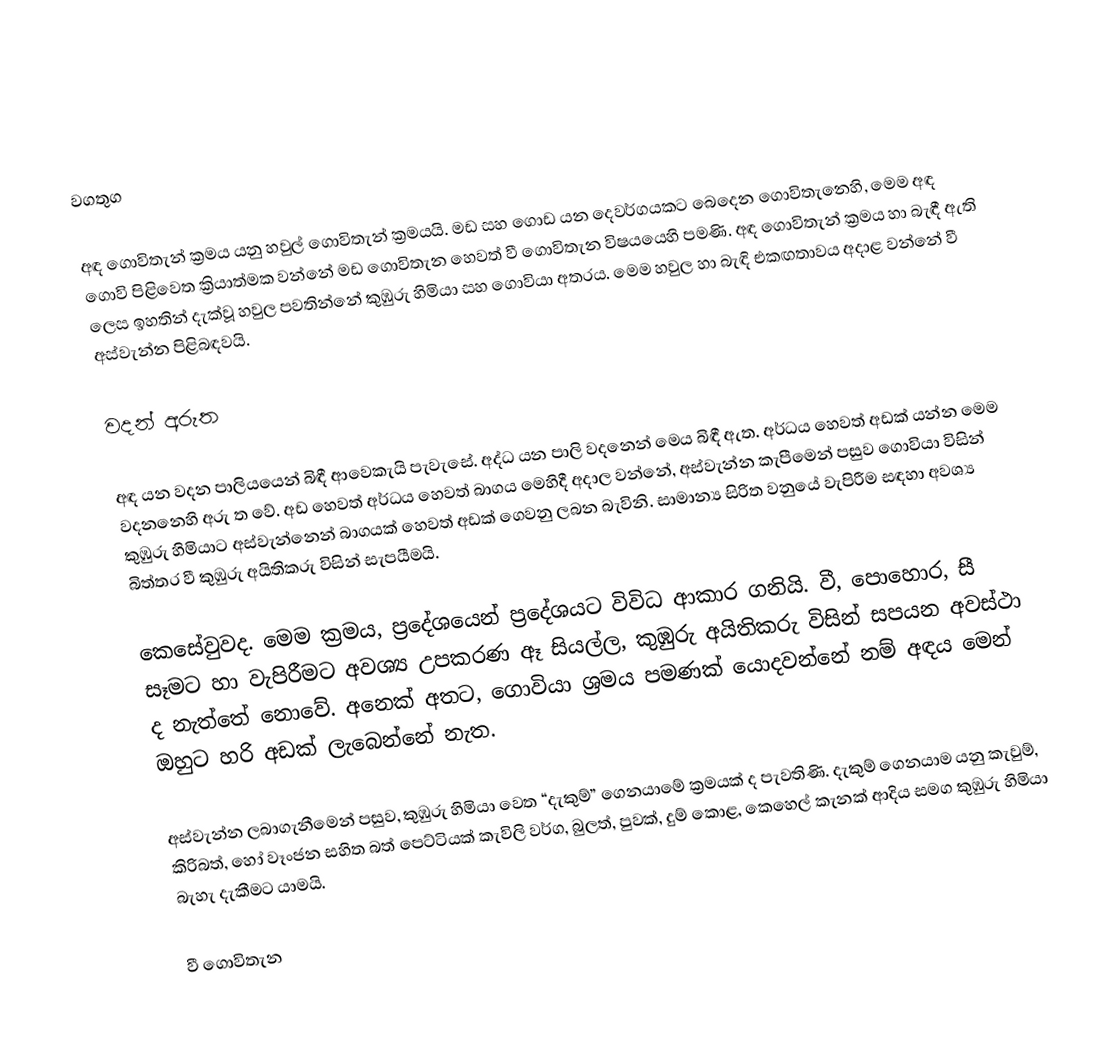

වගතුග

අඳ ගොවිතැන් ක්‍රමය යනු හවුල් ගොවිතැන් ක්‍රමයයි. මඩ සහ ගොඩ යන දෙවර්ගයකට බෙදෙන  ගොවිතැ‍නෙහි, මෙම අඳ ගොවි පිළිවෙත ක්‍රියාත්මක වන්නේ මඩ   ගොවිතැන හෙවත් වී ගොවිතැන විෂයයෙහි පමණි.  අඳ ගොවිතැන් ක්‍රමය හා බැඳී ඇති ‍ලෙස ඉහතින් දැක්වූ  හවුල පවතින්‍‍නේ කුඹුරු හිමියා සහ ගොවියා අතරය.  මෙම හවුල හා බැඳි එකඟතාවය අදාළ වන්නේ වී අස්වැන්න  පිළිබඳවයි.

වදන් අරුත

අඳ යන වදන පාලියයෙන් බිඳී ආවෙකැයි පැවැසේ.  අද්ධ යන පාලි වදනෙන් මෙය බිඳී ඇත. අර්ධය හෙවත් අඩක් යන්න මෙම වදනනෙහි අරු ත වේ. අඩ හෙවත් අර්ධය හෙවත් බාගය මෙහිදී අදාල වන්නේ, අස්වැන්න කැපීමෙන් පසුව ගොවියා විසින් කුඹුරු හිමියාට අස්වැන්නෙන් බාගයක් ‍හෙවත් අඩක් ගෙවනු ලබන බැවිනි. සාමාන්‍ය සිරිත වනුයේ වැපිරීම සඳහා අවශ්‍ය බිත්තර වී කුඹුරු අයිතිකරු විසින් සැපයීමයි.

කෙසේවුවද. මෙම ක්‍රමය, ප්‍රදේශයෙන් ප්‍රදේශයට විවිධ ආකාර ගනියි. වී, පොහොර, සී සෑමට හා වැපිරීමට අවශ්‍ය උපකරණ ඈ සියල්ල, කුඹුරු අයිතිකරු විසින් සපයන අවස්ථා ද නැත්තේ නොවේ.  අනෙක් අතට, ගොවියා ශ්‍රමය පමණක් යොදවන්නේ නම් අඳය මෙන් ඔහුට හරි අඩක් ලැබෙන්නේ නැත.

අස්වැන්න ලබාගැනීමෙන් පසුව, කුඹුරු හිමියා වෙත “දැකුම්” ගෙනයාමේ ක්‍රමයක් ද පැවතිණි. දැකුම් ගෙනයාම යනු කැවුම්, කිරිබත්, හෝ වෑංජන සහිත බත් පෙට්ටියක් කැවිලි වර්ග, බුලත්, පුවක්, දුම් කොළ, කෙහෙල් කැනක් ආදිය සමග කුඹුරු හිමියා බැහැ දැකීමට යාමයි.

වී ගොවිතැන